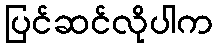
ပြင်ဆင်လိုပါက